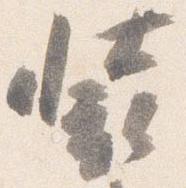
装